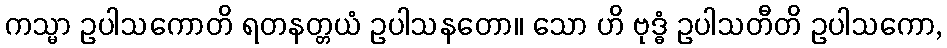
ကသ္မာ ဥပါသကောတိ ရတနတ္တယံ ဥပါသနတော။ သော ဟိ ဗုဒ္ဓံ ဥပါသတီတိ ဥပါသကော,